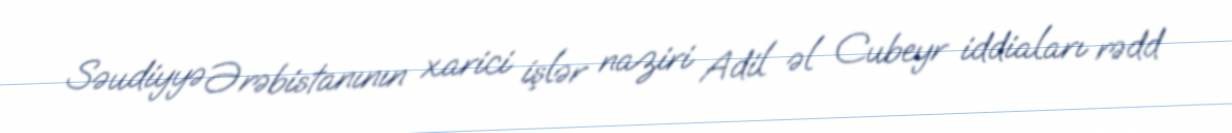
Səudiyyə Ərəbistanının xarici işlər naziri Adil əl Cubeyr iddiaları rədd